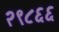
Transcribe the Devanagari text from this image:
२९८६६